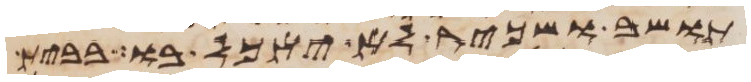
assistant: תושב ושכיר לא יאכל בו בבית